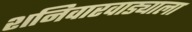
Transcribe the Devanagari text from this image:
शनिवारवाड्याला